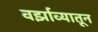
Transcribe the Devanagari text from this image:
वर्झाव्यातून